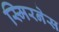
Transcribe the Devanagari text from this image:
स्मिरनेस